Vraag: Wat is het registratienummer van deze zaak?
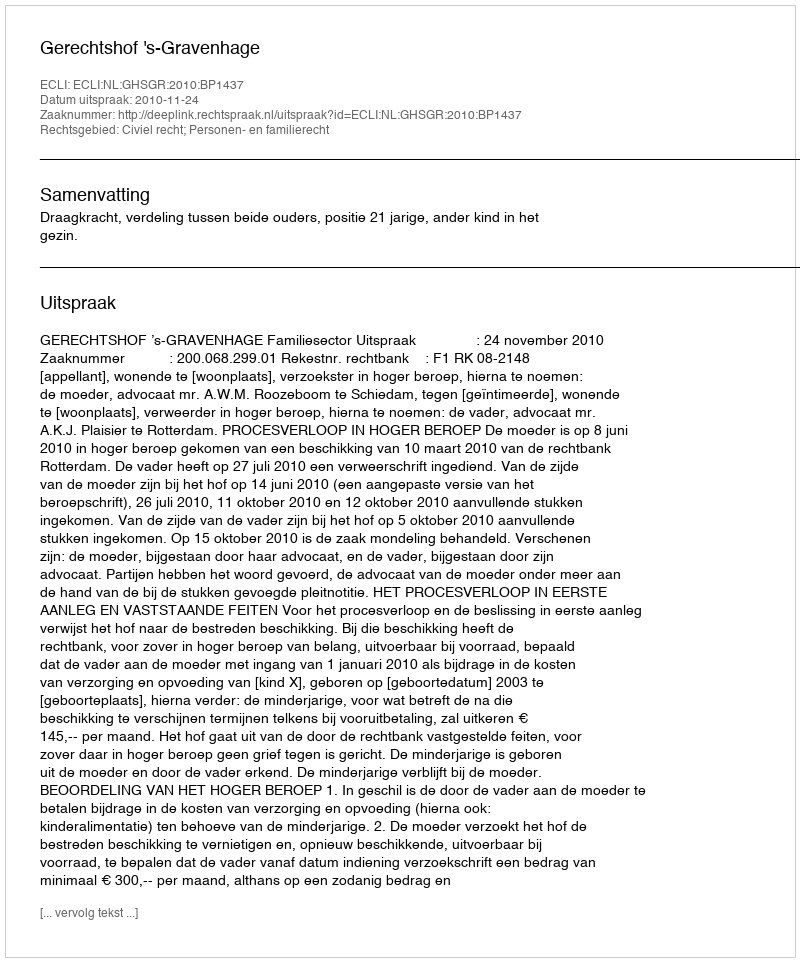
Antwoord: http://deeplink.rechtspraak.nl/uitspraak?id=ECLI:NL:GHSGR:2010:BP1437